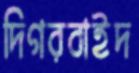
দিগরবাইদ